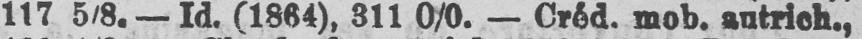
117 5/8. - Id. (1864), 311 0/0. - Créd. mob. autrich.,